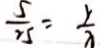
\frac { 5 } { 2 5 } = \frac { y } { \lambda }